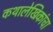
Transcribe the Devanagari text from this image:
कथालेखिकांचा